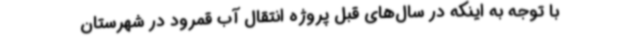
با توجه به اینکه در سال‌های قبل پروژه انتقال آب قمرود در شهرستان